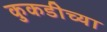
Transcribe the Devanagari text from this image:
कुकडीच्या